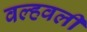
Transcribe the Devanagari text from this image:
वल्हवली